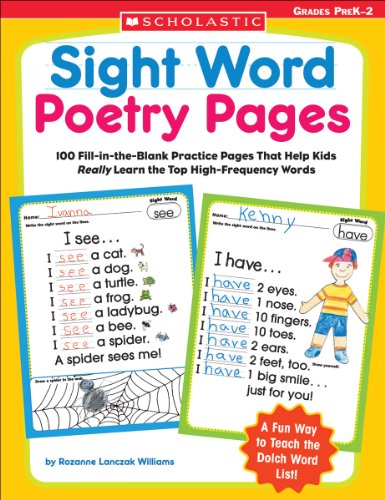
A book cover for Sight Word Poetry Pages: 100 Fill-in-the-Blank Practice Pages That Help Kids Really Learn the Top High-Frequency Words; Rozanne Williams; Education & Teaching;